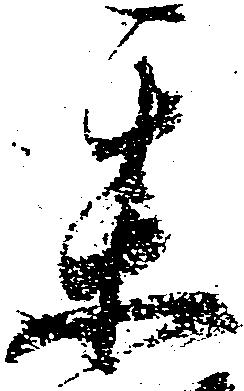
某